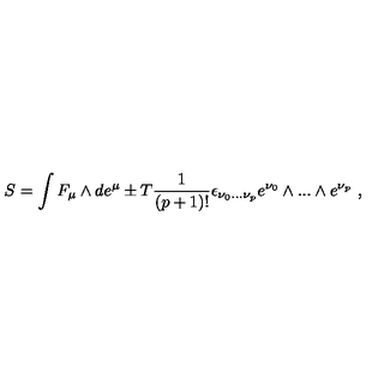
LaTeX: S = \int F _ { \mu } \wedge d e ^ { \mu } \pm T \frac { 1 } { ( p + 1 ) ! } \epsilon _ { \nu _ { 0 } . . . \nu _ { p } } e ^ { \nu _ { 0 } } \wedge . . . \wedge e ^ { \nu _ { p } } \ ,